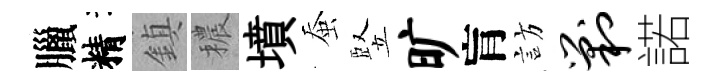
臘精鎮穠墳蚕竪旷肓訪剿諾